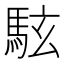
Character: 䮄